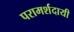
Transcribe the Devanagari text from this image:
परामर्शदायी